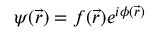
\psi ( \vec { r } ) = f ( \vec { r } ) e ^ { i \phi ( \vec { r } ) }